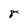
Character: 8